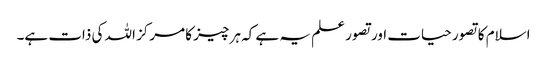
اسلام کا تصور حیات اور تصور علم یہ ہے کہ ہر چیز کا مرکز اللہ کی ذات ہے۔